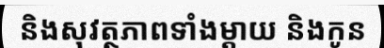
និងសុវត្ថភាពទាំងម្តាយ និងកូន